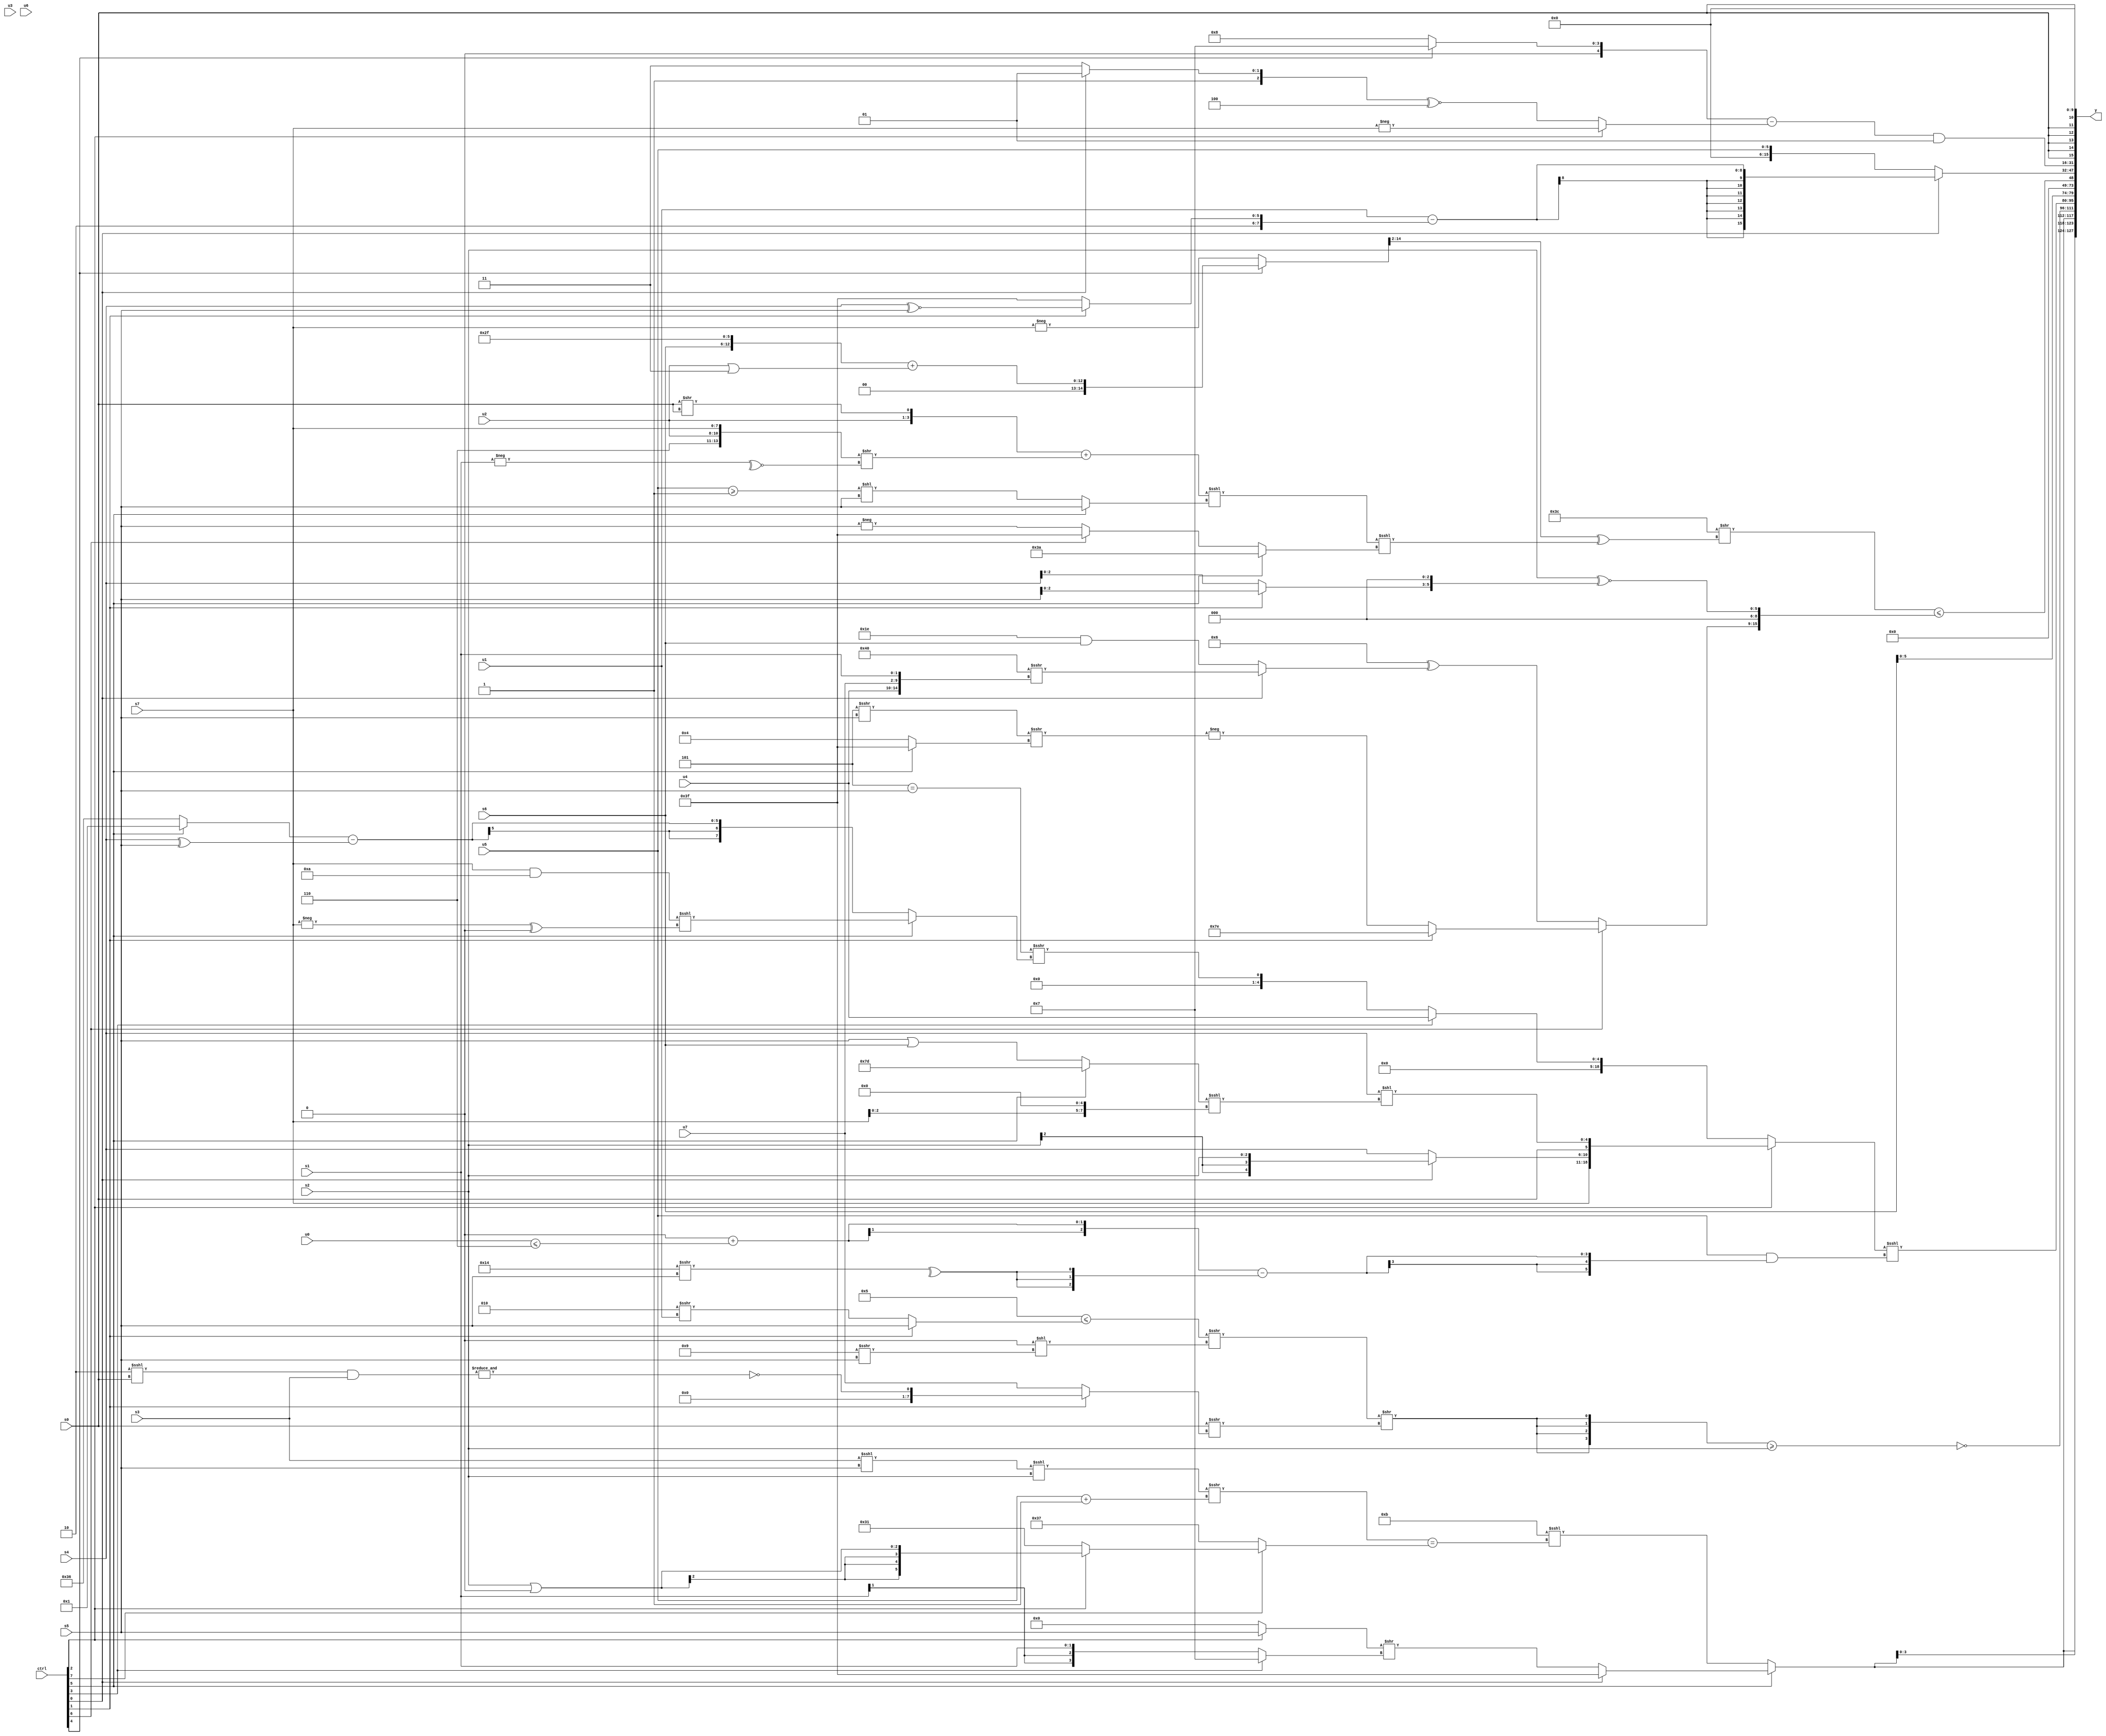
module wideexpr_00852(ctrl, u0, u1, u2, u3, u4, u5, u6, u7, s0, s1, s2, s3, s4, s5, s6, s7, y);
  input [7:0] ctrl;
  input [0:0] u0;
  input [1:0] u1;
  input [2:0] u2;
  input [3:0] u3;
  input [4:0] u4;
  input [5:0] u5;
  input [6:0] u6;
  input [7:0] u7;
  input signed [0:0] s0;
  input signed [1:0] s1;
  input signed [2:0] s2;
  input signed [3:0] s3;
  input signed [4:0] s4;
  input signed [5:0] s5;
  input signed [6:0] s6;
  input signed [7:0] s7;
  output [127:0] y;
  wire [15:0] y0;
  wire [15:0] y1;
  wire [15:0] y2;
  wire [15:0] y3;
  wire [15:0] y4;
  wire [15:0] y5;
  wire [15:0] y6;
  wire [15:0] y7;
  assign y = {y0,y1,y2,y3,y4,y5,y6,y7};
  assign y0 = {3{$signed((ctrl[5]?{1{(ctrl[0]?2'sb11:+(((ctrl[2]?s5:3'sb000))>>((ctrl[3]?4'sb0111:s1))))}}:(5'sb01011)<<<(((((s3)<<<(s5))<<<({1{s2}}))>>>(+((u5)+(3'sb001))))==((ctrl[7]?(ctrl[2]?(s2)|(1'sb0):5'sb10001):+(+(6'sb110111)))))))}};
  assign y1 = ~(({4{(+(((4'sb0101)<=((ctrl[1]?s5:(3'sb010)>>>(u1))))>>>((1'sb0)<<($signed((5'sb01001)>>>(s5))))))>>((s0)>>>((ctrl[1]?~&(((2'sb10)<<<(s0))&(s3)):u7)))}})>=(s2));
  assign y2 = ((ctrl[2]?{s7,(ctrl[0]?s2:s4),s0,$signed((s4)<<(($signed((ctrl[5]?-(3'sb011):(s5)|(s6))))<<<($signed(((s7)<<(4'sb0101))<<<((s5)<<(6'b011010))))))}:(ctrl[3]?$unsigned(u4):$unsigned(($signed((5'sb11101)==(s5)))>>>((ctrl[5]?((s7)&($signed(5'b11010)))<<<((-(s7))^(2'sb00)):$signed(((ctrl[5]?2'sb01:6'sb110110))-((s4)^(s5)))))))))<<<((u5)&(($unsigned((3'sb000)+($signed({1{(u0)<=({6'sb000110})}}))))-({3{^($signed((-(5'sb01100))>>>(s5)))}})));
  assign y3 = (s6)<<<(6'sb001010);
  assign y4 = (($signed(6'sb111100))>>((((ctrl[4]?+($unsigned(({s6,6'sb101111})+((u2)|(2'b11)))):-(s7)))>>(5'b00010))^(((($signed({+(u2),(s0)>>(s0)}))+(($signed({4'sb0110,u2,s7}))>>(~^(-(s1)))))<<<((ctrl[5]?s5:((u5)>=($signed(1'sb1)))<<(s5))))<<<(+((ctrl[5]?$signed(5'b11010):(ctrl[6]?2'sb11:-(s5))))))))<=(+(+({(ctrl[6]?(ctrl[1]?3'sb110:-(((3'sb101)>>>(s5))>>>((ctrl[5]?1'sb1:6'sb000100)))):(+(((3'sb100)^~(1'sb0))<<(4'sb0001)))^((ctrl[0]?((2'sb11)<<(4'sb0110))>>>({u4,u7,s1}):$signed((6'b011110)&(s6))))),1'sb0,-(2'sb00),(s2)^~(+($signed(((ctrl[1]?s5:s4))<<<(5'sb00011))))})));
  assign y5 = (ctrl[0]?(u1)-({{3'sb010},(ctrl[1]?(s4)^~(s5):$signed($unsigned(1'b1)))}):u5);
  assign y6 = (((ctrl[4]?4'sb0111:-(5'sb11000)))-(+((ctrl[2]?-(s7):((ctrl[0]?3'sb101:3'sb111))^~(4'sb1100)))))&(-(1'sb1));
  assign y7 = (s0)<<(4'sb1010);
endmodule